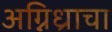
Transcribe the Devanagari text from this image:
अग्निध्राचा